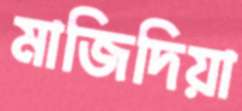
মাজিদিয়া